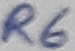
Text: R6